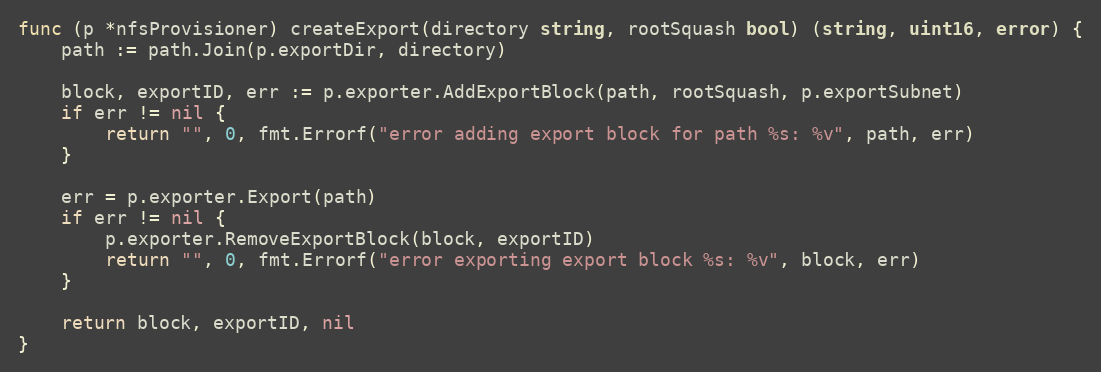
Language: Go
func (p *nfsProvisioner) createExport(directory string, rootSquash bool) (string, uint16, error) {
	path := path.Join(p.exportDir, directory)

	block, exportID, err := p.exporter.AddExportBlock(path, rootSquash, p.exportSubnet)
	if err != nil {
		return "", 0, fmt.Errorf("error adding export block for path %s: %v", path, err)
	}

	err = p.exporter.Export(path)
	if err != nil {
		p.exporter.RemoveExportBlock(block, exportID)
		return "", 0, fmt.Errorf("error exporting export block %s: %v", block, err)
	}

	return block, exportID, nil
}